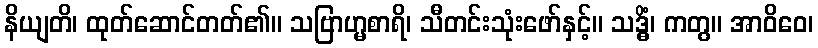
နိယျတိ၊ ထုတ်ဆောင်တတ်၏။ သဗြာဟ္မစာရိ၊ သီတင်းသုံးဖော်နှင့်။ သဒ္ဓိံ၊ ကတွ။ အာဝိဝေ၊